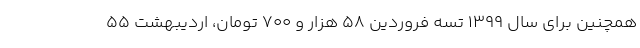
همچنین برای سال ۱۳۹۹ تسه فروردین ۵۸ هزار و ۷۰۰ تومان، اردیبهشت ۵۵